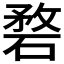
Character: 𥓺